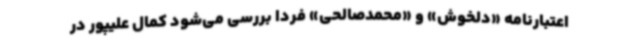
اعتبارنامه «دلخوش» و «محمدصالحی» فردا بررسی می‌شود کمال علیپور در